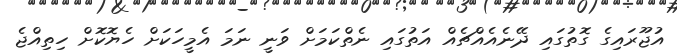
އުޖޫރައިގެ ގޮތުގައި ދޭނެއެއްޗެއް އަތުގައި ނެތްކަމަށް ވަނީ ނަމަ އެމީހަކަށް ހެޔޮކޮށް ހިތިއްޖެ